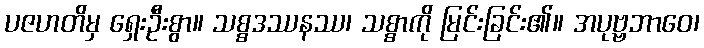
ပဇဟတိမှ ရှေးဦးစွာ။ သစ္စဒဿနဿ၊ သစ္စာကို မြင်းခြင်း၏။ အပုဗ္ဗဘာဝေ၊